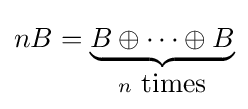
nB=\underbrace {B\oplus \cdots \oplus B} _{n{\mbox{ times}}}